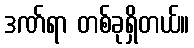
ဒဏ်ရာ တစ်ခုရှိတယ်။